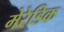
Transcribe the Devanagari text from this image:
मेरेडिक